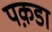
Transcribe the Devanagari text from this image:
पक़डा